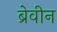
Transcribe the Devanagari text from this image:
ब्रेवीन